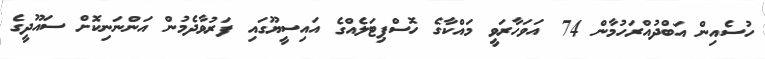
ހުސެއިން އަބްދުއްރަހުމާން 74 އަވަހާރަވީ މައްކާގެ ހޮސްޕިޓަލެއްގެ އައިސީޔޫގައި ފަރުވާދެމުން އަންނަނިކޮށް ސައޫދީގެ